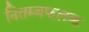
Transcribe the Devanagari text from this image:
नितम्बफलक